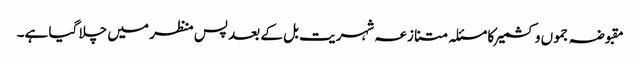
مقبوضہ جموں وکشمیر کا مسئلہ متنازعہ شہریت بل کے بعد پس منظر میں چلا گیا ہے۔